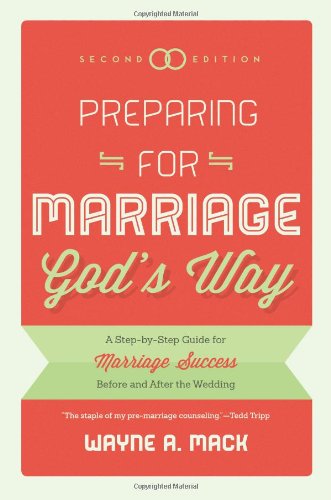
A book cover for Preparing for Marriage Gods Way: A Step-by-Step Guide for Marriage Success Before and After the Wedding, 2d. Ed.; Wayne A. Mack; Christian Books & Bibles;